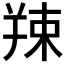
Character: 𦎖